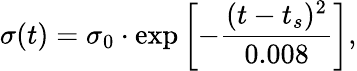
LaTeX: \sigma(t)=\sigma_{0}\cdot\exp\left[-\frac{(t-t_{s})^{2}}{0.008}\right],